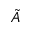
\tilde { A }